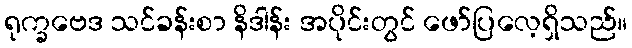
ရုက္ခဗေဒ သင်ခန်းစာ နိဒါန်း အပိုင်းတွင် ဖော်ပြလေ့ရှိသည်။